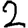
Digit: 2